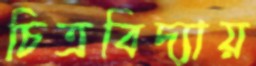
চিত্রবিদ্যায়